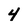
Character: 4